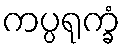
ကပ္ပရုက္ခံ